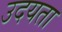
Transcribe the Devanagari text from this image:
उदयता